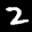
Label: 2